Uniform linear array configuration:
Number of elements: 8
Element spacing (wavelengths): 0.25
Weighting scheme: exponential
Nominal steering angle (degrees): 30
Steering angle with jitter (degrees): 30.719
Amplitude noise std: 0.05
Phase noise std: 0.05

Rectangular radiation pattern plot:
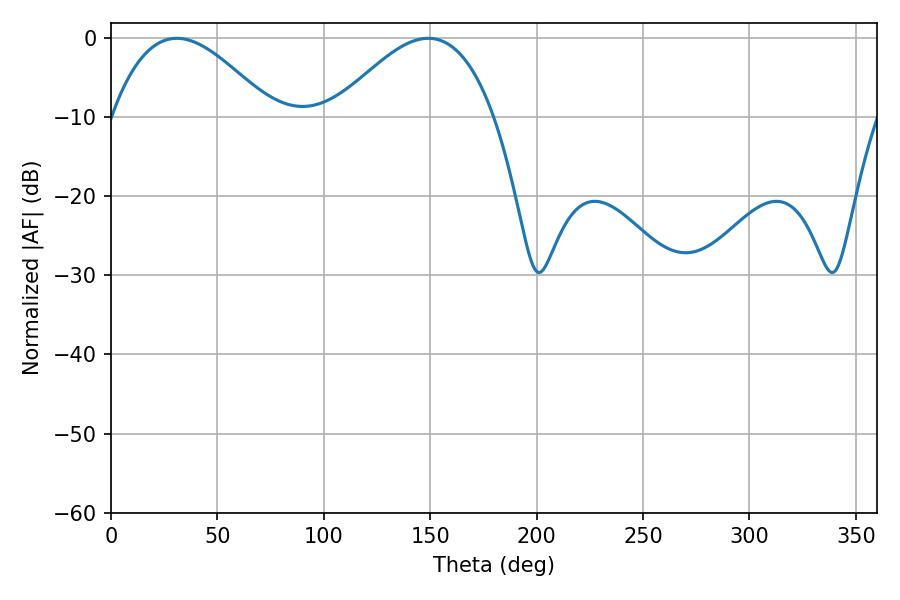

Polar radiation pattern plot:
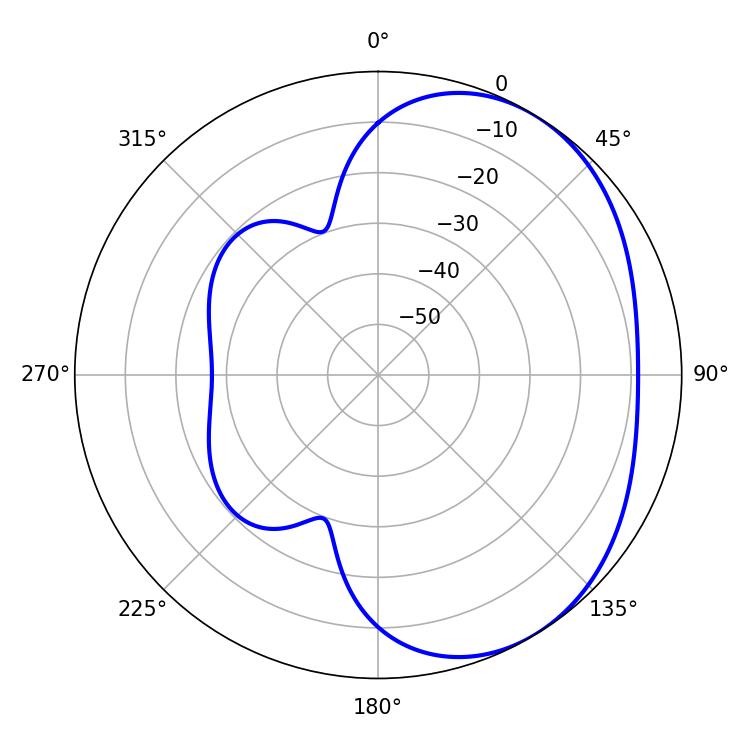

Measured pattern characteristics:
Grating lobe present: FALSE
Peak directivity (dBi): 3.459
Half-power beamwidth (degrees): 40.86
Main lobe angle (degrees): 30.96